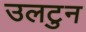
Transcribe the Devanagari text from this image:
उलटुन